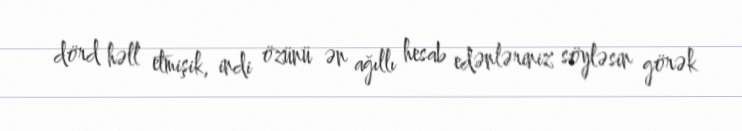
dörd həll etmişik, indi özünü ən ağıllı hesab edənləriniz söyləsin görək